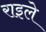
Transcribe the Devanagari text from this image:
राइले